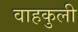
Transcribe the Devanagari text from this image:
वाहकुली